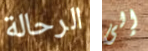
الرحالة إلى